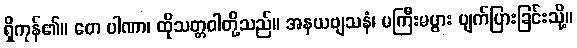
ရှိကုန်၏။ တေ ပါဏာ၊ ထိုသတ္တဝါတို့သည်။ အနယဗျသနံ၊ မကြီးမပွား ပျက်ပြားခြင်းသို့။